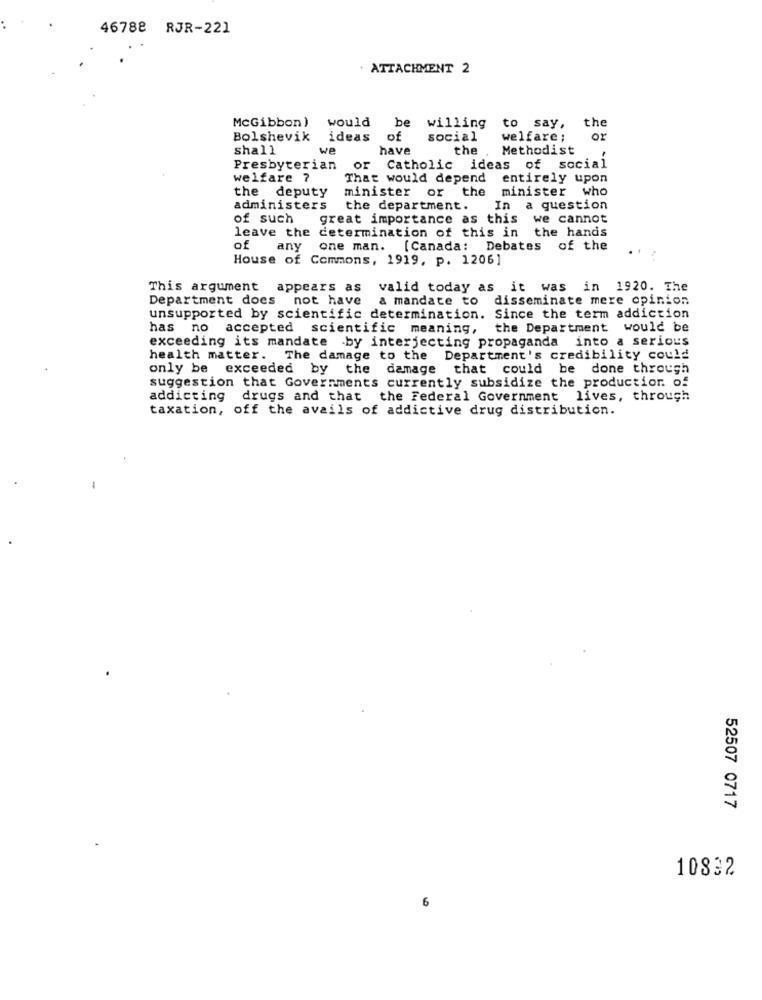
46788 RJR-221
ATTACHMENT 2
McGibbon)
would be
the
willing
to say,
Bolshevik
ideas of
social
welfare ;
or
shall
we
have
the
Methodist
Presbyterian
or Catholic ideas of social
welfare ?
That would depend
entirely upon
the deputy
minister or the minister who
administers
the department.
In a question
of such
great importance as this we cannot
leave the
determination of this in the hands
of
any
one man.
[Canada: Debates of the
House of Commons, 1919, p. 1206]
This argument appears as
valid today as it was in 1920. The
Department does not have
a mandate to disseminate mere opinion
unsupported by scientific determination. Since the term addiction
has no accepted scientific meaning, the Department would be
exceeding its mandate by interjecting propaganda into a serious
health matter.
The damage to the Department's credibility could
only be exceeded by the damage that could be done through
suggestion that Governments currently subsidize the production. of
addicting
drugs and that the Federal Government lives, through
taxation, off the avails of addictive drug distribution.
52507 0717
10832
6